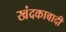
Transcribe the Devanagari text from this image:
खंदकाबादी